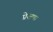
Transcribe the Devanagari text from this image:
प्रेक्षण।